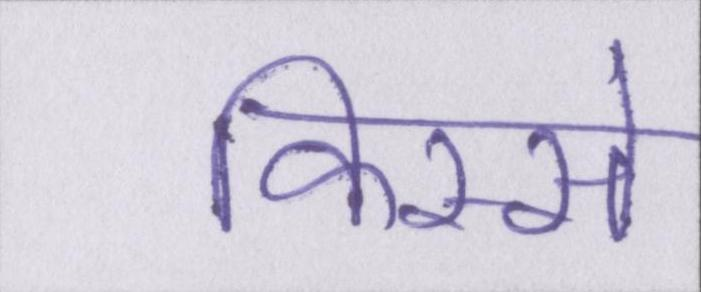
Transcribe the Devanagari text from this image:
किस्से